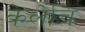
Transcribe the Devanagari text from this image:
केलेचि